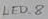
Text: LED_8